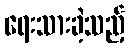
ရေးသားခဲ့သည့်